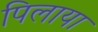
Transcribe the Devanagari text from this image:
पिलाया